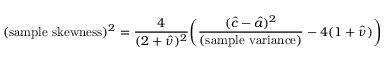
( { \mathrm { s a m p l e ~ s k e w n e s s } } ) ^ { 2 } = { \frac { 4 } { ( 2 + { \hat { \nu } } ) ^ { 2 } } } { \bigg ( } { \frac { ( { \hat { c } } - { \hat { a } } ) ^ { 2 } } { \mathrm { ( s a m p l e ~ v a r i a n c e ) } } } - 4 ( 1 + { \hat { \nu } } ) { \bigg ) }